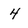
Character: 4